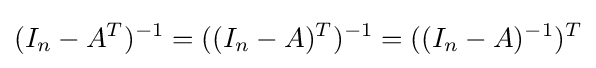
(I_{n}-A^{T})^{-1}=((I_{n}-A)^{T})^{-1}=((I_{n}-A)^{-1})^{T}